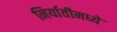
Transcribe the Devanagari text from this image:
निर्यातीमध्ये